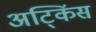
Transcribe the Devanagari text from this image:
अट्किंस